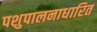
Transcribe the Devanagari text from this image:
पशुपालनाधारित